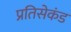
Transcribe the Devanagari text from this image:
प्रतिसेकंड